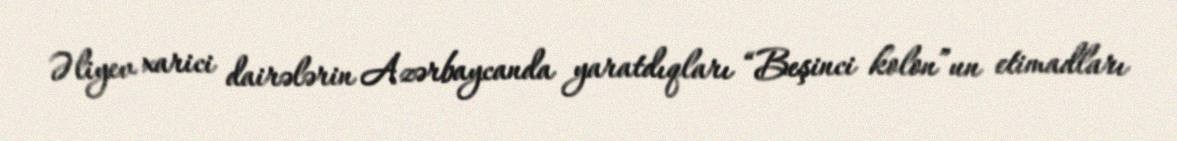
Əliyev xarici dairələrin Azərbaycanda yaratdıqları “Beşinci kolon”un etimadları